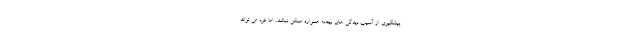
پیشگیری از آسیب دیدگی های بیضه همواره ممکن نباشد، اما فرد می تواند